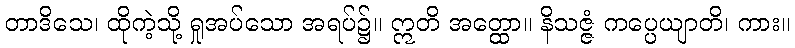
တာဒိသေ၊ ထိုကဲ့သို့ ရှုအပ်သော အရပ်၌။ ဣတိ အတ္ထော။ နိသဇ္ဇံ ကပ္ပေယျာတိ၊ ကား။